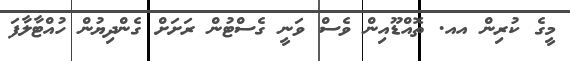
މީގެ ކުރިން އއ. ތޮއްޑޫއިން ވެސް ވަނީ ގެސްޓުން ރަށަށް ގެންދިޔުން ހުއްޓާލާފަ